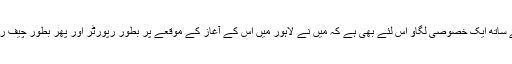
مجھے روزنامہ ایکسپریس کے ساتھ ایک خصوصی لگاو اس لئے بھی ہے کہ میں نے لاہور میں اس کے آغاز کے موقعے پر بطور رپورٹر اور پھر بطور چیف رپورٹر خدمات سرانجام دی ہیں۔